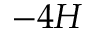
- 4 H